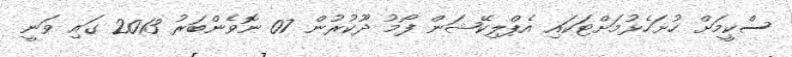
ސްކީމަށް ހުށަހެޅުމަށްޓަކައި އެޕްލިކޭޝަން ފޯމު ދޫކުރުން 07 ނޮވެންބަރު 2013 ގައި ވަނީ